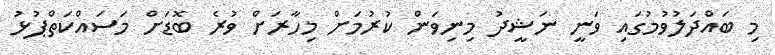
މި ބައްދަލުވުމުގައި ވަނީ ނަޝީދު މިނިވަން ކުރުމަށް މިހާރަށް ވުރެ ބޮޑަށް މަސައްކަތްޕުޅު